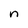
Character: n